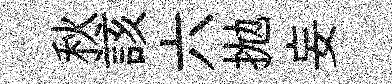
秋該六拋妄